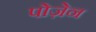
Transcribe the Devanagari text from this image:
पोज़ेन